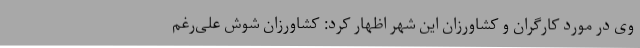
وی در مورد کارگران و کشاورزان این شهر اظهار کرد: کشاورزان شوش علی‌رغم